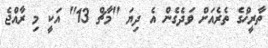
ތާރީޚްގެ ތެރެއަށް ވަދެގެން އެ ދިޔަ "މާޗް 13" އަކީ މި ރާއްޖެ